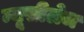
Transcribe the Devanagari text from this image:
म्यूसीलेज